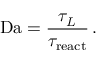
\mathrm { D a } = \frac { \tau _ { L } } { \tau _ { \mathrm { r e a c t } } } \, .